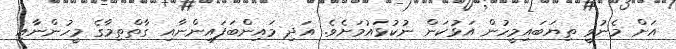
އަށް މެނުވީ ތިޔަބައިމީހުން އަޅުކަން ނުކުޅައުމަށެވެ. އަދި މައިންބަފައިންނާއި ގާތްތިމާގެ މީހުންނާއި